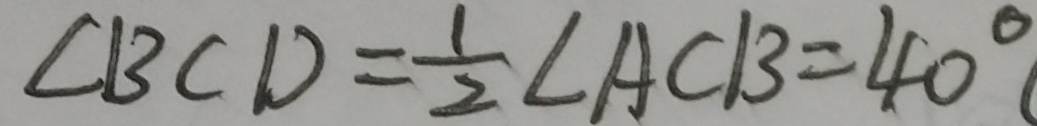
\angle B C D = \frac { 1 } { 2 } \angle A C B = 4 0 ^ { \circ }